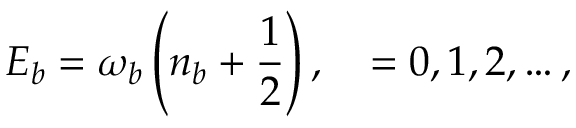
E _ { b } = \omega _ { b } \left( n _ { b } + \frac { 1 } { 2 } \right) , \quad = 0 , 1 , 2 , \ldots ,